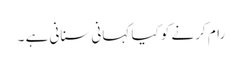
رام کرنے کو کیا کہانی سنانی ہے ۔